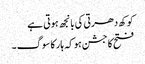
کوکھ دھرتی کی بانجھ ہوتی ہے
فتح کا جشن ہو کہ ہار کا سوگ ۔